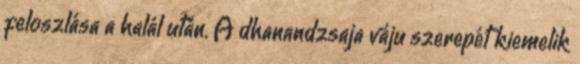
feloszlása a halál után. A dhanandzsaja váju szerepét kiemelik